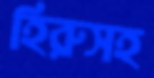
হিরুসহ